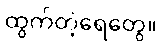
ထွက်တဲ့ရေတွေ။